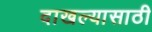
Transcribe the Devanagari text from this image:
दाखल्यासाठी